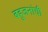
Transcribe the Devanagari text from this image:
बहूजनांची